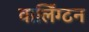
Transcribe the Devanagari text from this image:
वार्लिंग्टन